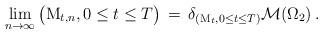
LaTeX: \begin{align*} \lim_{n\to \infty} \big( \mathrm M_{t,n}, 0 \le t \le T \big) \, =\, \delta_{(\mathrm M_{t}, 0 \le t \le T)} \mathcal M (\Omega_{2}) \, . \end{align*}